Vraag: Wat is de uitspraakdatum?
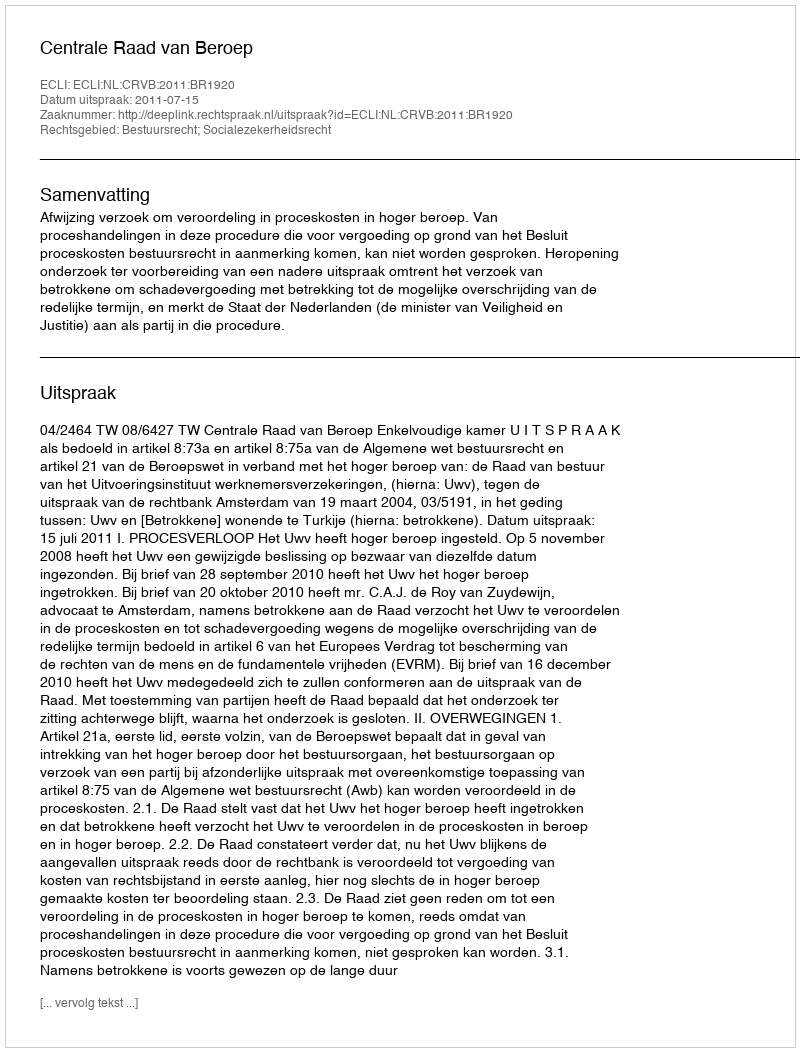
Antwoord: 2011-07-15